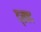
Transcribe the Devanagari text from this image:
द्स्फ्द